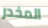
المخدر